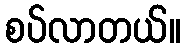
စပ်လာတယ်။